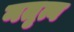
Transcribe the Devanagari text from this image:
नतृत्व